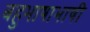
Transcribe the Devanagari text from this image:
बहुभाषाभाषी